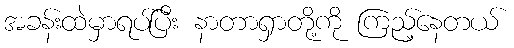
အခန်းထဲမှာရပ်ပြီး နာတာရှာတို့ကို ကြည့်နေတယ်